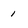
Character: 1